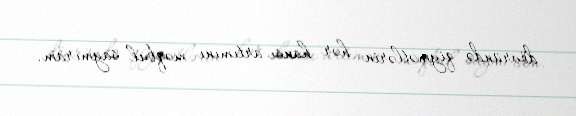
dövründə qiymətlərin hər hansı artımını məqbul saymıram.